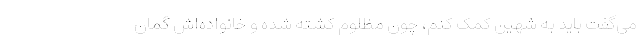
می‌گفت باید به شهین کمک کنم، چون مظلوم کشته شده و خانواده‌اش گمان